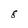
Character: 8